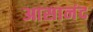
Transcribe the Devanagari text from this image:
आसानंद